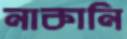
নাকানি